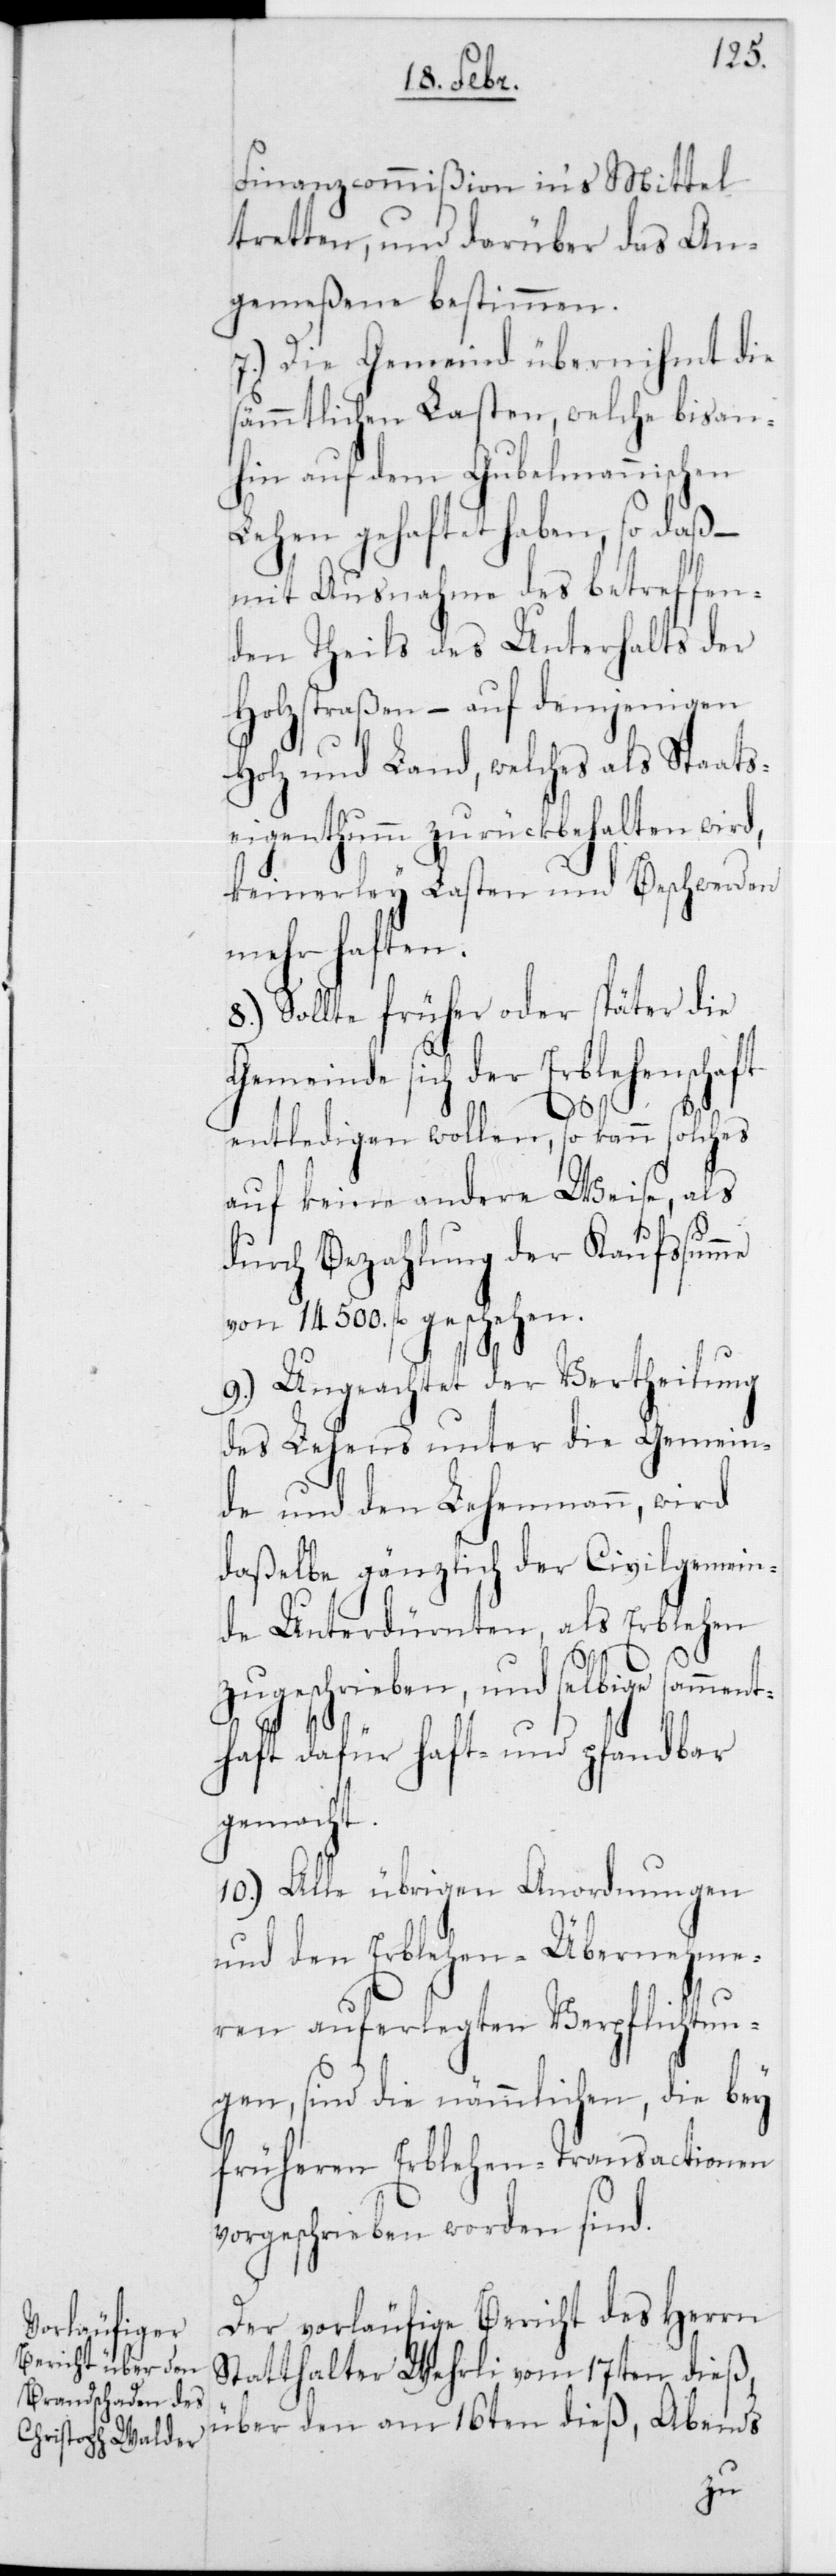
Finanzcommißion in‘s Mittel
tretten, und darüber das An¬
gemeßene bestimmen.
7.) Die Gemeind übernihmt die
sämmtlichen Lasten, welche bisan¬
hin auf dem Gubelmannischen
Lehen gehaftet haben, so daß –
mit Ausnahme des betreffen¬
den Theils des Unterhalts der
Holzstraßen – auf demjenigen
Holz und Land, welches als Staats¬
eigenthum zurückbehalten wird,
keinerley Lasten und Beschwerden
mehr haften.
8.) Sollte früher oder später die
Gemeinde sich der Erblehenschaft
men¬
entledigen wollen, so kann solches
auf keine andere Weise, als
durch Bezahlung der Kaufssumme
von 14 500 fl. geschehen.
9.) Ungeachtet der Vertheilung
des Lehens unter die Gemein¬
de und den Lehenmann, wird
daßelbe gänzlich der Civilgemein¬
de Unterdürnten, als Erblehen
geschrieben, und selbiges
thaft dafür Haft- und pfandbar
gemacht.
10.) Alle übrigen Anordnungen
und den Erblehen-Übernehme¬
ren auferlegten Verpflichtun¬
gen, sind die nämmlichen, die bey
früheren Erblehen-Transactionen
vorgeschrieben worden sind.
Der vorläufige Bericht des Herrn
Statthalter Wehrli vom 17ten dieß,
über den am 16ten dieß, Abends
zu¬